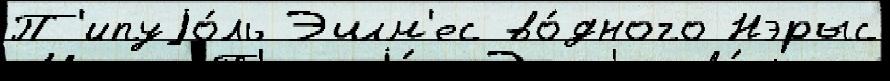
П'ипуjо́ль Эшм'ес во́дного Нэрыс